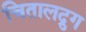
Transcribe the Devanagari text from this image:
चितालद्रुग